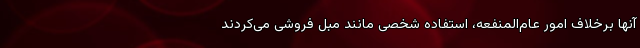
آنها برخلاف امور عام‌المنفعه، استفاده شخصی مانند مبل فروشی می‌کردند